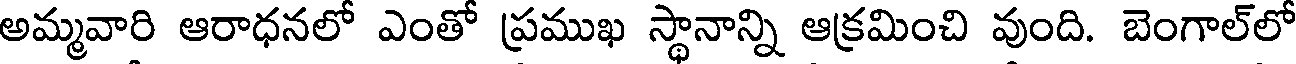
అమ్మవారి ఆరాధనలో ఎంతో ప్రముఖ స్థానాన్ని ఆక్రమించి వుంది. బెంగాల్లో